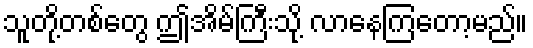
သူတို့တစ်တွေ ဤအိမ်ကြီးသို့ လာနေကြတော့မည်။